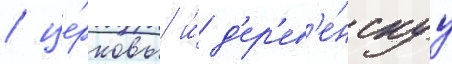
/ це́рковь и́ д'ер'ев'е́нскуу